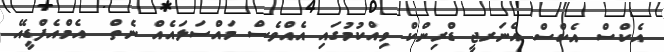
އެކްސް އެކްސް އެނަރޖީ ޑްރިންކް ވިއްކުމުގައި އެއްވެސް މައްސަލައެއް ނެތް  އެމްއެފްޑީއޭ